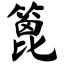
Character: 篦